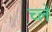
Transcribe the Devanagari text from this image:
च्ले